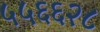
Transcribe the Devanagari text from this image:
५५६६२८